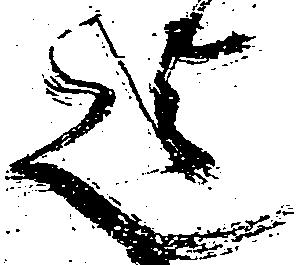
迄